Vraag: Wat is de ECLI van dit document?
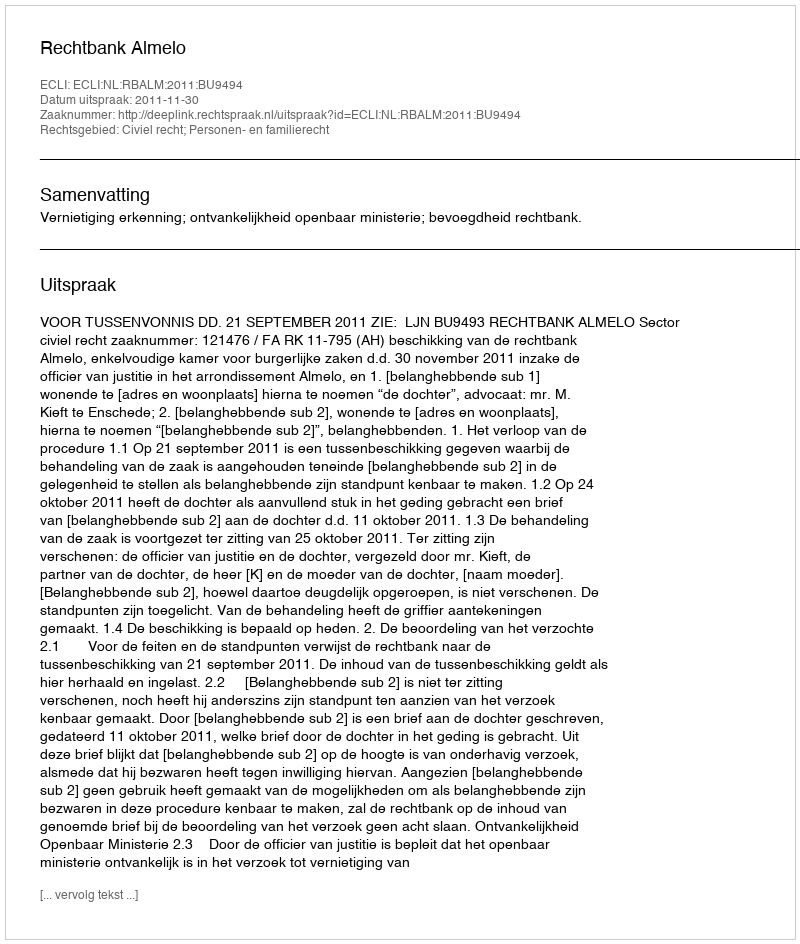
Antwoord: ECLI:NL:RBALM:2011:BU9494